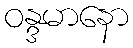
ဝန္ဒမာနော